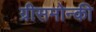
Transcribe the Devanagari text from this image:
ग्रीसमोन्की